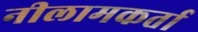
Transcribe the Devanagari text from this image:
नीलामकर्ता